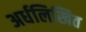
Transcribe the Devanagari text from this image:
अर्धलिखित